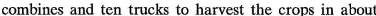
combines and ten trucks to harvest the crops in about